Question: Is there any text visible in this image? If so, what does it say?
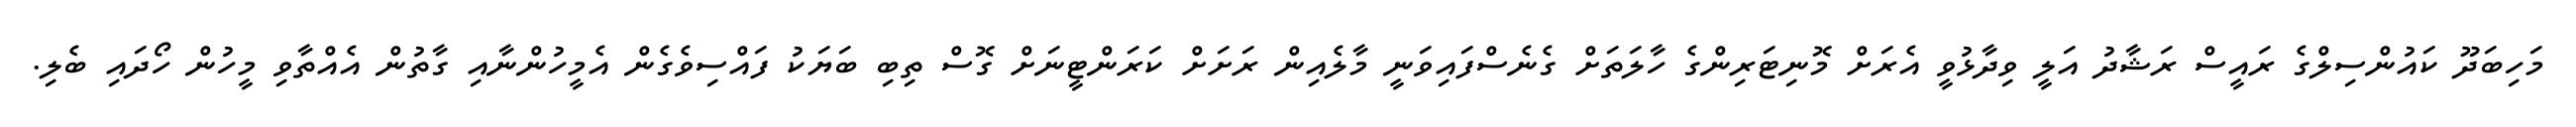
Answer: މަހިބަދޫ ކައުންސިލްގެ ރައީސް ރަޝާދު އަލީ ވިދާޅުވީ އެރަށް މޮނިޓަރިންގެ ހާލަތަށް ގެނެސްފައިވަނީ މާލެއިން ރަށަށް ކަރަންޓީނަށް ގޮސް ތިބި ބަޔަކު ފައްސިވެގެން އެމީހުންނާއި ގާތުން އެއްތާވި މީހުން ހޯދައި ބެލި.